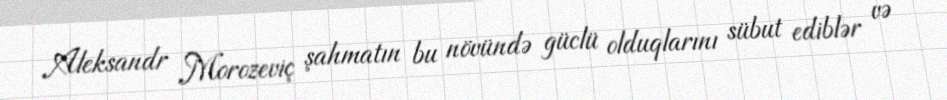
Aleksandr Morozeviç şahmatın bu növündə güclü olduqlarını sübut ediblər və